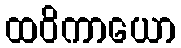
ထဝိကာယော